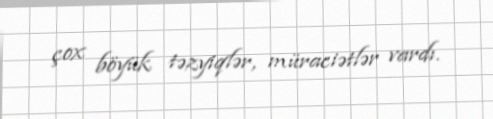
çox böyük təzyiqlər, müraciətlər vardı.